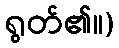
ရွတ်၏။)